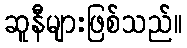
ဆူနီများဖြစ်သည်။